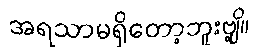
အရသာမရှိတော့ဘူးဗျို့။